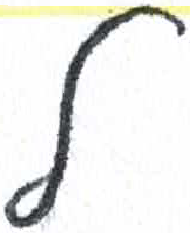
אות: ל